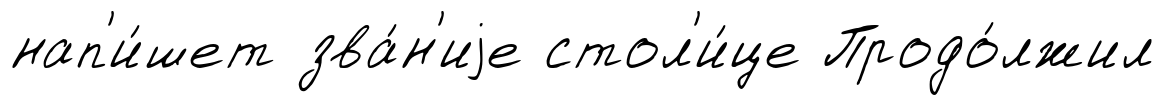
нап'и́шет зва́н'иjе стол'и́це Продо́лжил